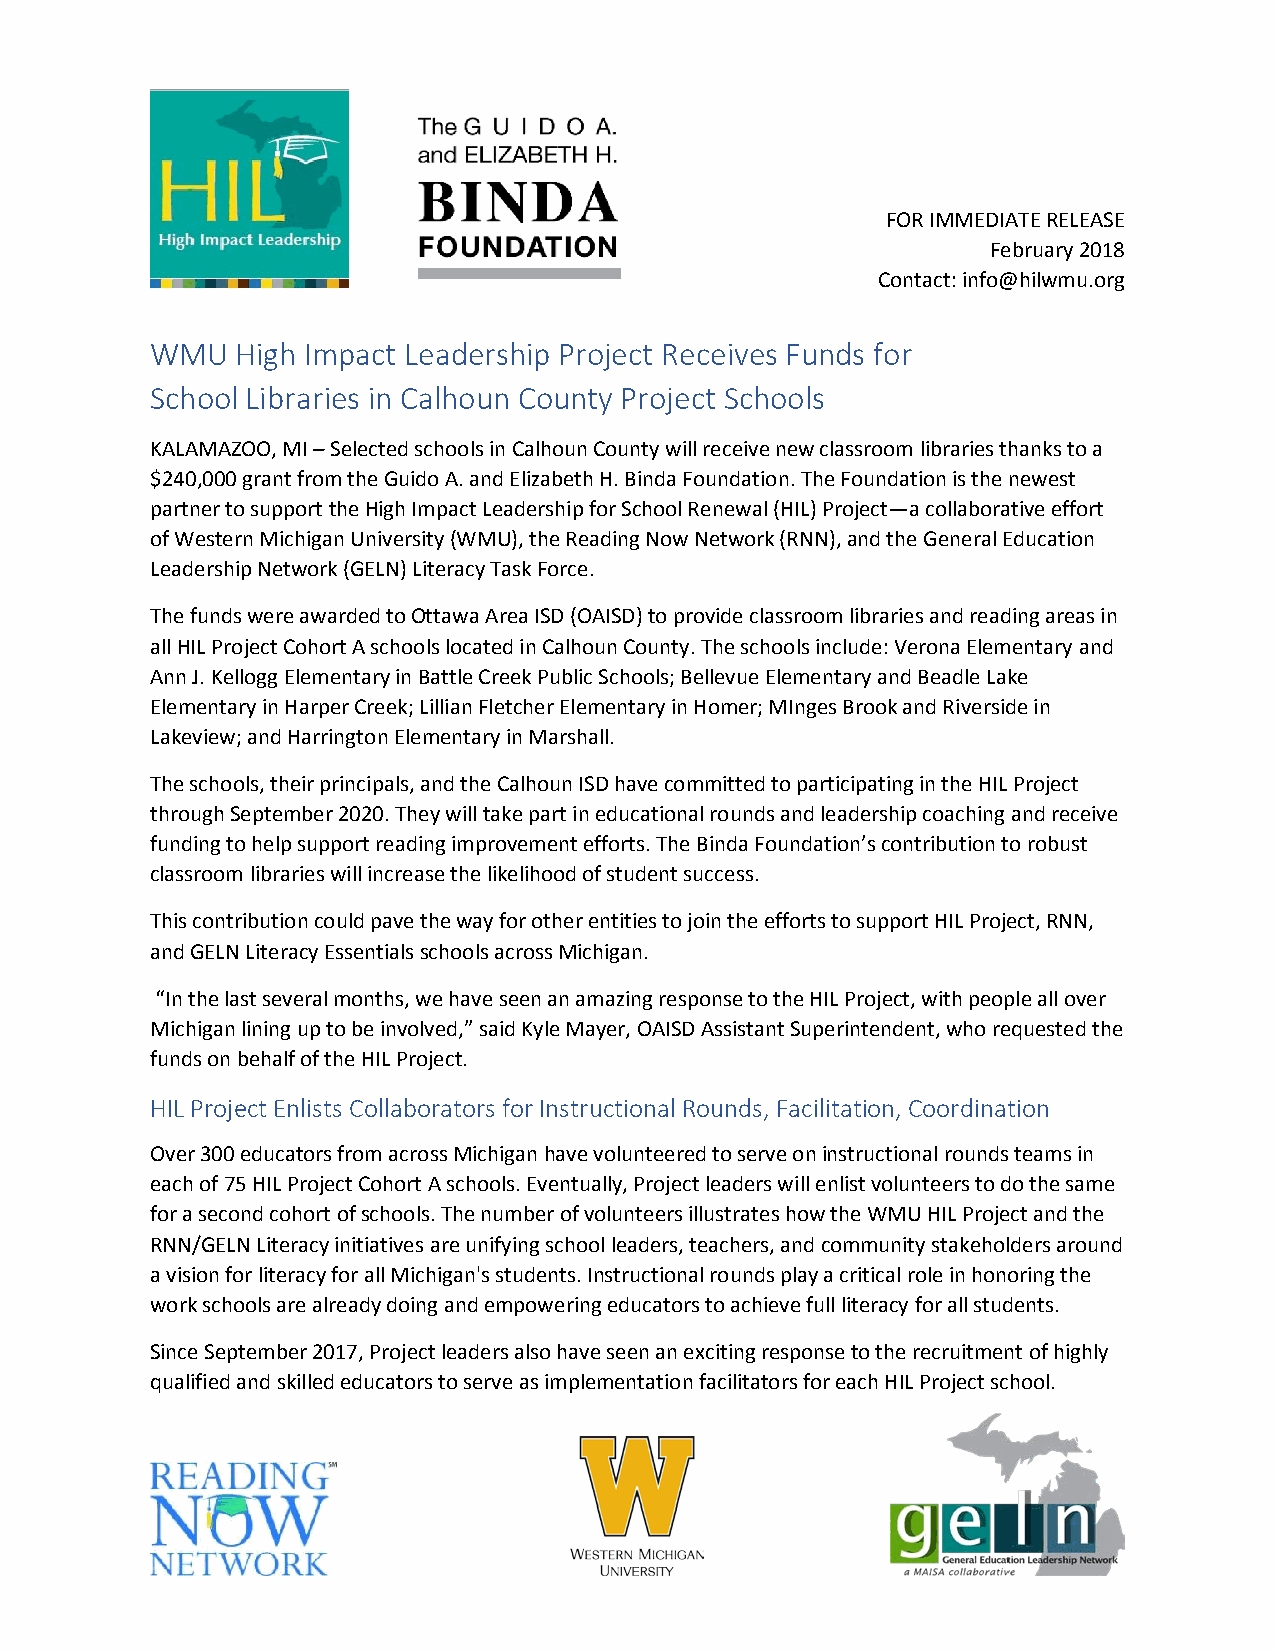
FOR IMMEDIATE RELEASE
 February 2018
 Contact: info@hilwmu.org
 WMU   High Impact Leadership Project Receives Funds for
 School Libraries in Calhoun County Project Schools
 KALAMAZOO, MI – Selected schools in Calhoun County will receive new classroom libraries thanks to a
 $240,000 grant from the Guido A. and Elizabeth H. Binda Foundation. The Foundation is the newest
 partner to support the High Impact Leadership for School Renewal (HIL) Project—a collaborative effort
 of Western Michigan University (WMU), the Reading Now Network (RNN), and the General Education
 Leadership Network (GELN) Literacy Task Force.
 The funds were awarded to Ottawa Area ISD (OAISD) to provide classroom libraries and reading areas in
 all HIL Project Cohort A schools located in Calhoun County. The schools include: Verona Elementary and
 Ann J. Kellogg Elementary in Battle Creek Public Schools; Bellevue Elementary and Beadle Lake
 Elementary in Harper Creek; Lillian Fletcher Elementary in Homer; MInges Brook and Riverside in
 Lakeview; and Harrington Elementary in Marshall.
 The schools, their principals, and the Calhoun ISD have committed to participating in the HIL Project
 through September 2020. They will take part in educational rounds and leadership coaching and receive
 funding to help support reading improvement efforts. The Binda Foundation’s contribution to robust
 classroom libraries will increase the likelihood of student success.
 This contribution could pave the way for other entities to join the efforts to support HIL Project, RNN,
 and GELN Literacy Essentials schools across Michigan.
 “In the last several months, we have seen an amazing response to the HIL Project, with people all over
 Michigan lining up to be involved,” said Kyle Mayer, OAISD Assistant Superintendent, who requested the
 funds on behalf of the HIL Project.
 HIL Project Enlists Collaborators for Instructional Rounds, Facilitation, Coordination
 Over 300 educators from across Michigan have volunteered to serve on instructional rounds teams in
 each of 75 HIL Project Cohort A schools. Eventually, Project leaders will enlist volunteers to do the same
 for a second cohort of schools. The number of volunteers illustrates how the WMU HIL Project and the
 RNN/GELN Literacy initiatives are unifying school leaders, teachers, and community stakeholders around
 a vision for literacy for all Michigan's students. Instructional rounds play a critical role in honoring the
 work schools are already doing and empowering educators to achieve full literacy for all students.
 Since September 2017, Project leaders also have seen an exciting response to the recruitment of highly
 qualified and skilled educators to serve as implementation facilitators for each HIL Project school.